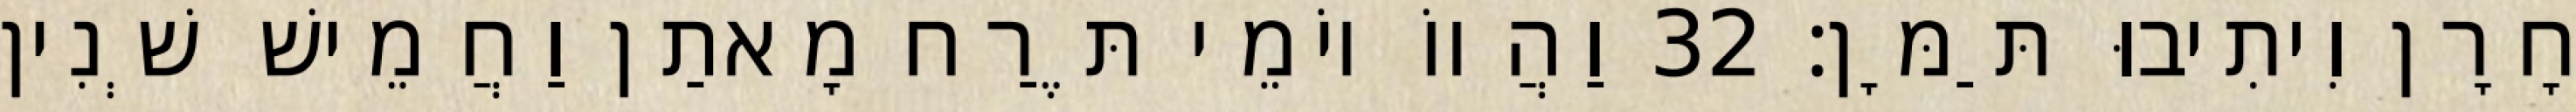
חָרָן וִיתִיבוּ תַּמָּן׃ 32 וַהֲווֹ יוֹמֵי תֶּרַח מָאתַן וַחֲמֵישׁ שְׁנִין